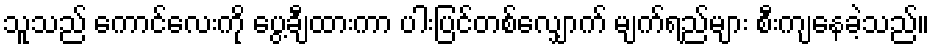
သူသည် ကောင်လေးကို ပွေ့ချီထားကာ ပါးပြင်တစ်လျှောက် မျက်ရည်များ စီးကျနေခဲ့သည်။